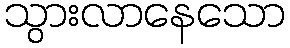
သွားလာနေသော